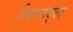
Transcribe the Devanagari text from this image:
विवरणयुक्त